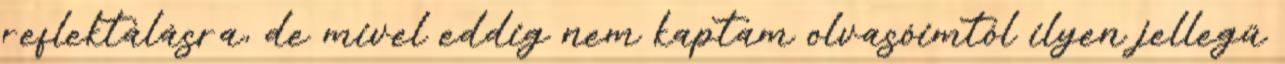
reflektálásra, de mivel eddig nem kaptam olvasóimtól ilyen jellegű